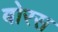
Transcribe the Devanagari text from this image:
बोरस